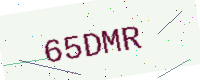
Text: 65DMR